Bombay plague: being a history of the progress of plague in the Bombay presidency from September 1896 to June 1899
Year: 1896
Disease focus: Plague
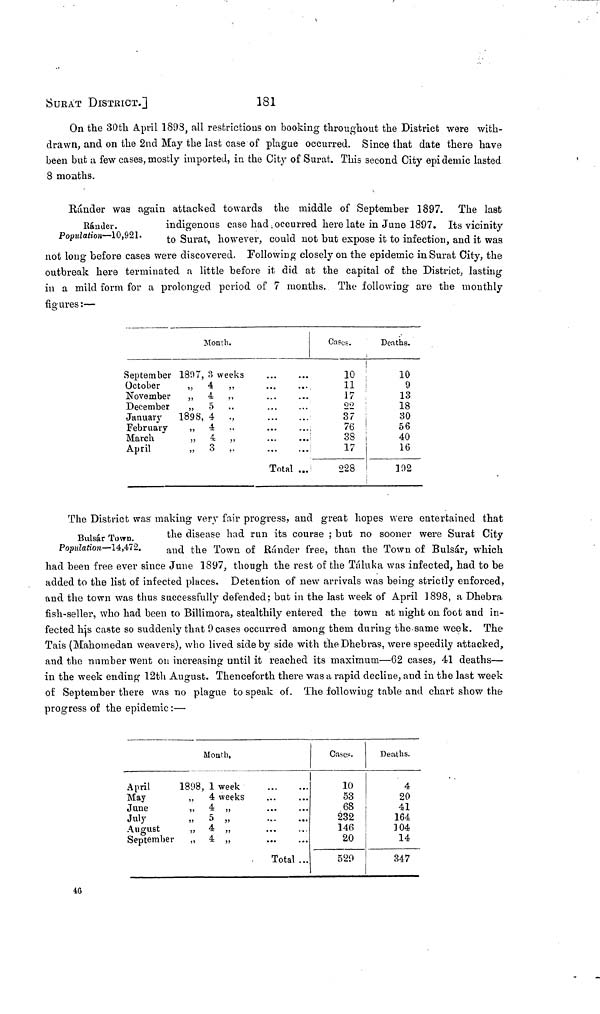
SURAT DISTRICT.]
181
On the 30th April 1898, all restrictions on booking throughout the District were with-
drawn, and on the 2nd May the last case of plague occurred. Since that date there have
been but a few cases, mostly imported, in the City of Surat. This second City epidemic lasted
8 months.
Ránder.
Population—10,921.
Ránder was again attacked towards the middle of September 1897. The last
indigenous case had occurred here late in June 1897. Its vicinity
to Surat, however, could not but expose it to infection, and it was
not long before cases were discovered. Following closely on the epidemic in Surat City, the
outbreak here terminated a little before it did at the capital of the District, lasting
in a mild form for a prolonged period of 7 months. The following are the monthly
figures :—
Month.
September 1897, 3 weeks
October
,, 4 ,,
November
„ 4 ,,
December
„ 5 ,,
January
1898, 4 ,,
February
,, 4 ,,
March
„ 4 ,,
April
„ 3 ,,
...
...
...
...
Total ...
Cases.
10
11
17
22
37
76
38
17
228
Deaths.
10
9
13
18
30
56
40
16
102
Bulsár Town.
Population—14,472.
The District was making very fair progress, and great hopes were entertained that
the disease had run its course ; but no sooner were Surat City
and the Town of Runder free, than the Town of Bulsár, which
had been free ever since June 1897, though the rest of the Táluka was infected, had to be
added to the list of infected places. Detention of new arrivals was being strictly enforced,
and the town was thus successfully defended; but in the last week of April 1898, a Dhebra
fish-seller, who had been to Billimora, stealthily entered the town at night on foot and in-
fected his caste so suddenly that 9 cases occurred among them during the same week. The
Tais (Mahomedan weavers), who lived side by side with the Dhebras, were speedily attacked,
and the number went on increasing until it reached its maximum—62 cases, 41 deaths—
in the week ending 12th August. Thenceforth there was a rapid decline, and in the last week
of September there was no plague to speak of. The following table and chart show the
progress of the epidemic :—
April
May
June
July
August
September
Month,
1898, 1 week
,, 4 weeks
„ 4 „
...
...
...
...
...
...
...
...
...
Total ...
Cases.
10
53
68
232
146
20
520
Deaths.
4
20
41
164
104
14
347
46